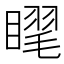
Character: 𥉗